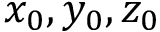
x _ { 0 } , y _ { 0 } , z _ { 0 }